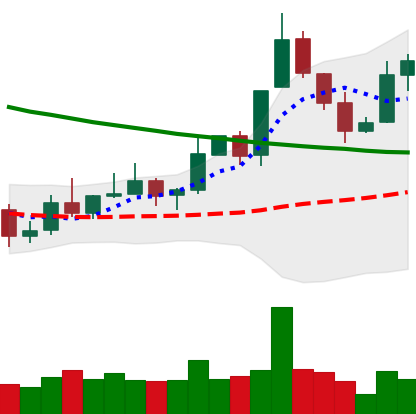
Ticker: XLM-USD
Chart end date: 2019-11-11
Forward return: -9.902%
Label: down_7plus